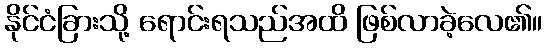
နိုင်ငံခြားသို့ ရောင်းရသည်အထိ ဖြစ်လာခဲ့လေ၏။